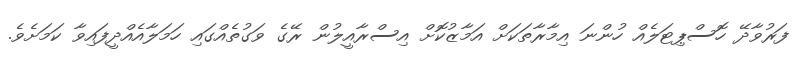
ފަރުވާދޭ ހޮސްޕިޓަލެއް ހުންނަ އިމާރާތަކަށް އަމާޒުކޮށް އިސްރާއީލުން ރޭގެ ވަގުތެއްގައި ހަމަލާއެއްދީފައިވާ ކަމަށެވެ.